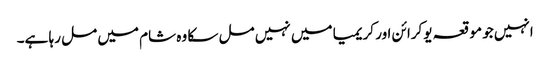
انہیں جو موقعہ یوکرائن اور کریمیا میں نہیں مل سکا وہ شام میں مل رہا ہے۔